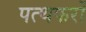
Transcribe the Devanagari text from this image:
पत्थफरों